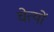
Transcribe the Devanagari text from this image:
चेत्यों